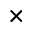
\times